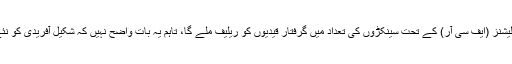
خیال کیا جاتا ہے کہ اس عمل سے فرنٹیئر کرائم ریگولیشنز (ایف سی آر) کے تحت سینکڑوں کی تعداد میں گرفتار قیدیوں کو ریلیف ملے گا، تاہم یہ بات واضح نہیں کہ شکیل آفریدی کو نئے عدالتی نظام سے کوئی رعایت حاصل ہو گی یا نہیں۔